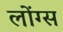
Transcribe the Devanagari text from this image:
लोंग्स